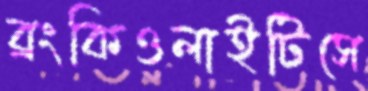
ব্রংকিওলাইটিসে